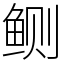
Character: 鲗